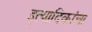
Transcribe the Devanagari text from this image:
इत्यादिकांचा